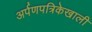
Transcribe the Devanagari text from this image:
अर्पणपत्रिकेखाली